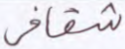
شقاقي